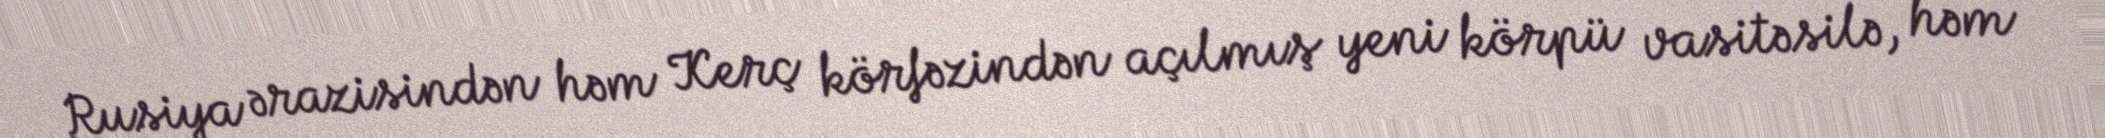
Rusiya ərazisindən həm Kerç körfəzindən açılmış yeni körpü vasitəsilə, həm